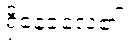
ရှိနေခဲ့လေ၏။